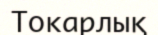
Токарлық